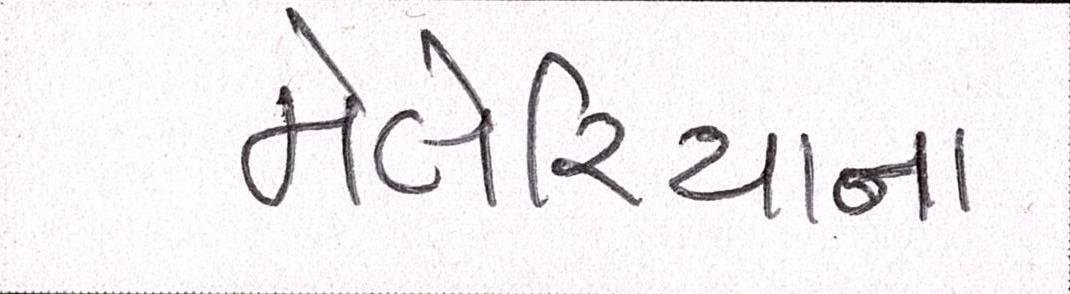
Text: મેલેરિયાના